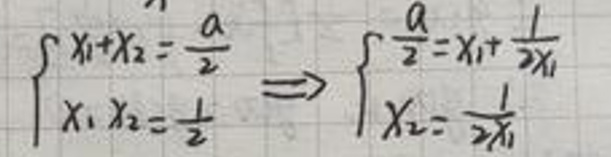
\[
\begin{cases}
x_1 + x_2 = \frac{a}{2} \\
x_1 x_2 = \frac{1}{2}
\end{cases}
\Rightarrow
\begin{cases}
\frac{a}{2} = x_1 + \frac{1}{2x_1} \\
x_2 = \frac{1}{2x_1}
\end{cases}
\]